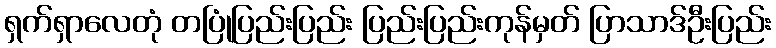
ရှက်ရှာလေတုံ တပြုံပြည်းပြည်း ပြည်းပြည်းကုန်မှတ် ပြာသာဒ်ဦးပြည်း